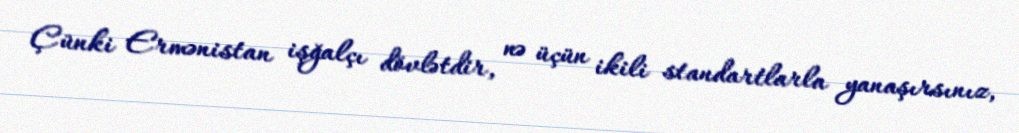
Çünki Ermənistan işğalçı dövlətdir, nə üçün ikili standartlarla yanaşırsınız,